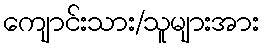
ကျောင်းသား/သူများအား